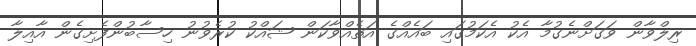
ރިލްވާން ވަގަށްނެގުމާ އެކު އެކަމުގައި ބައެއްގެ އަތެއްވާކަން ޝައްކު ކުރެވުނު ހިސާބުންފެށިގެން އާއިލާ